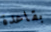
بقاعدة